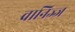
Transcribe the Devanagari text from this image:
वानिज्ज